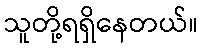
သူတို့ရရှိနေတယ်။